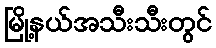
မြို့နယ်အသီးသီးတွင်